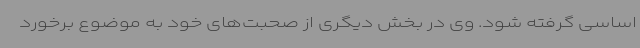
اساسی گرفته شود. وی در بخش دیگری از صحبت‌های خود به موضوع برخورد